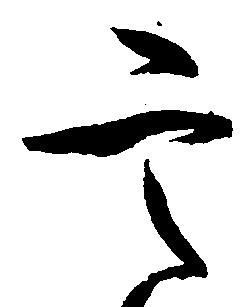
定